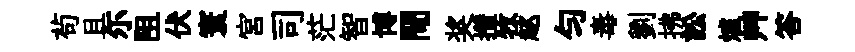
茍且尓阻伏寰宮司茫智博閜奖攢牧趑勻毒劉拂訟爐艸答